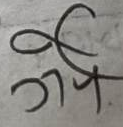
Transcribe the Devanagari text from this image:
श्री जये